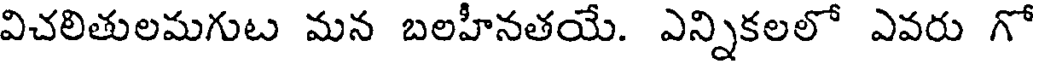
విచలితులమగుట మన బలహీనతయే. ఎన్నికలలో ఎవరు గో